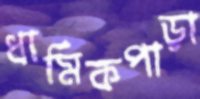
ধার্মিকপাড়া